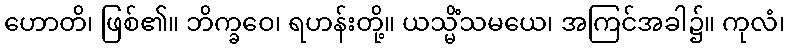
ဟောတိ၊ ဖြစ်၏။ ဘိက္ခဝေ၊ ရဟန်းတို့။ ယသ္မိံသမယေ၊ အကြင်အခါ၌။ ကုလံ၊